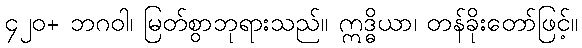
၄၂၀+ ဘဂဝါ၊ မြတ်စွာဘုရားသည်။ ဣဒ္ဓိယာ၊ တန်ခိုးတော်ဖြင့်။